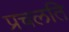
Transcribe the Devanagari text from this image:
प्रचलति